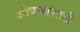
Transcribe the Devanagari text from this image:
ओवऱ्यासाठी